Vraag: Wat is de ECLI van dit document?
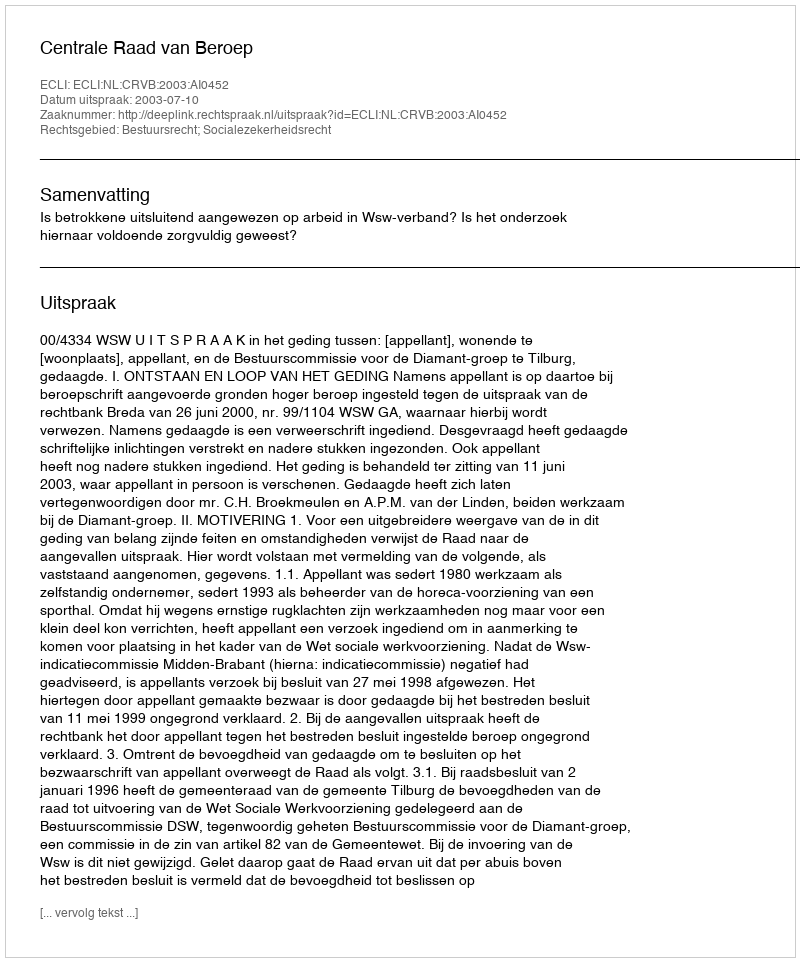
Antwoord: ECLI:NL:CRVB:2003:AI0452